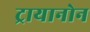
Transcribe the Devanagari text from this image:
ट्रायानोन